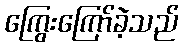
ကြွေးကြော်ခဲ့သည်